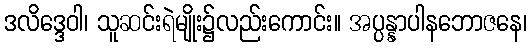
ဒလိဒ္ဒေဝါ၊ သူဆင်းရဲမျိုး၌လည်းကောင်း။ အပ္ပန္နာပါနဘောဇနေ၊